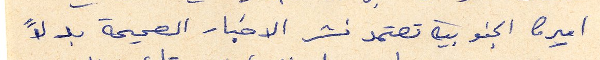
اميركا الجنوبية تعتمد نشر الاخبار الصحيحة بدلاً